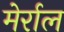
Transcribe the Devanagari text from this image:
मेर्राल